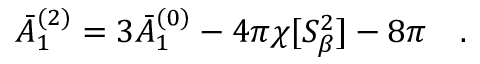
\bar { A } _ { 1 } ^ { ( 2 ) } = 3 \bar { A } _ { 1 } ^ { ( 0 ) } - 4 \pi \chi [ S _ { \beta } ^ { 2 } ] - 8 \pi ~ ~ ~ .